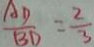
\frac { A D } { B D } = \frac { 2 } { 3 }